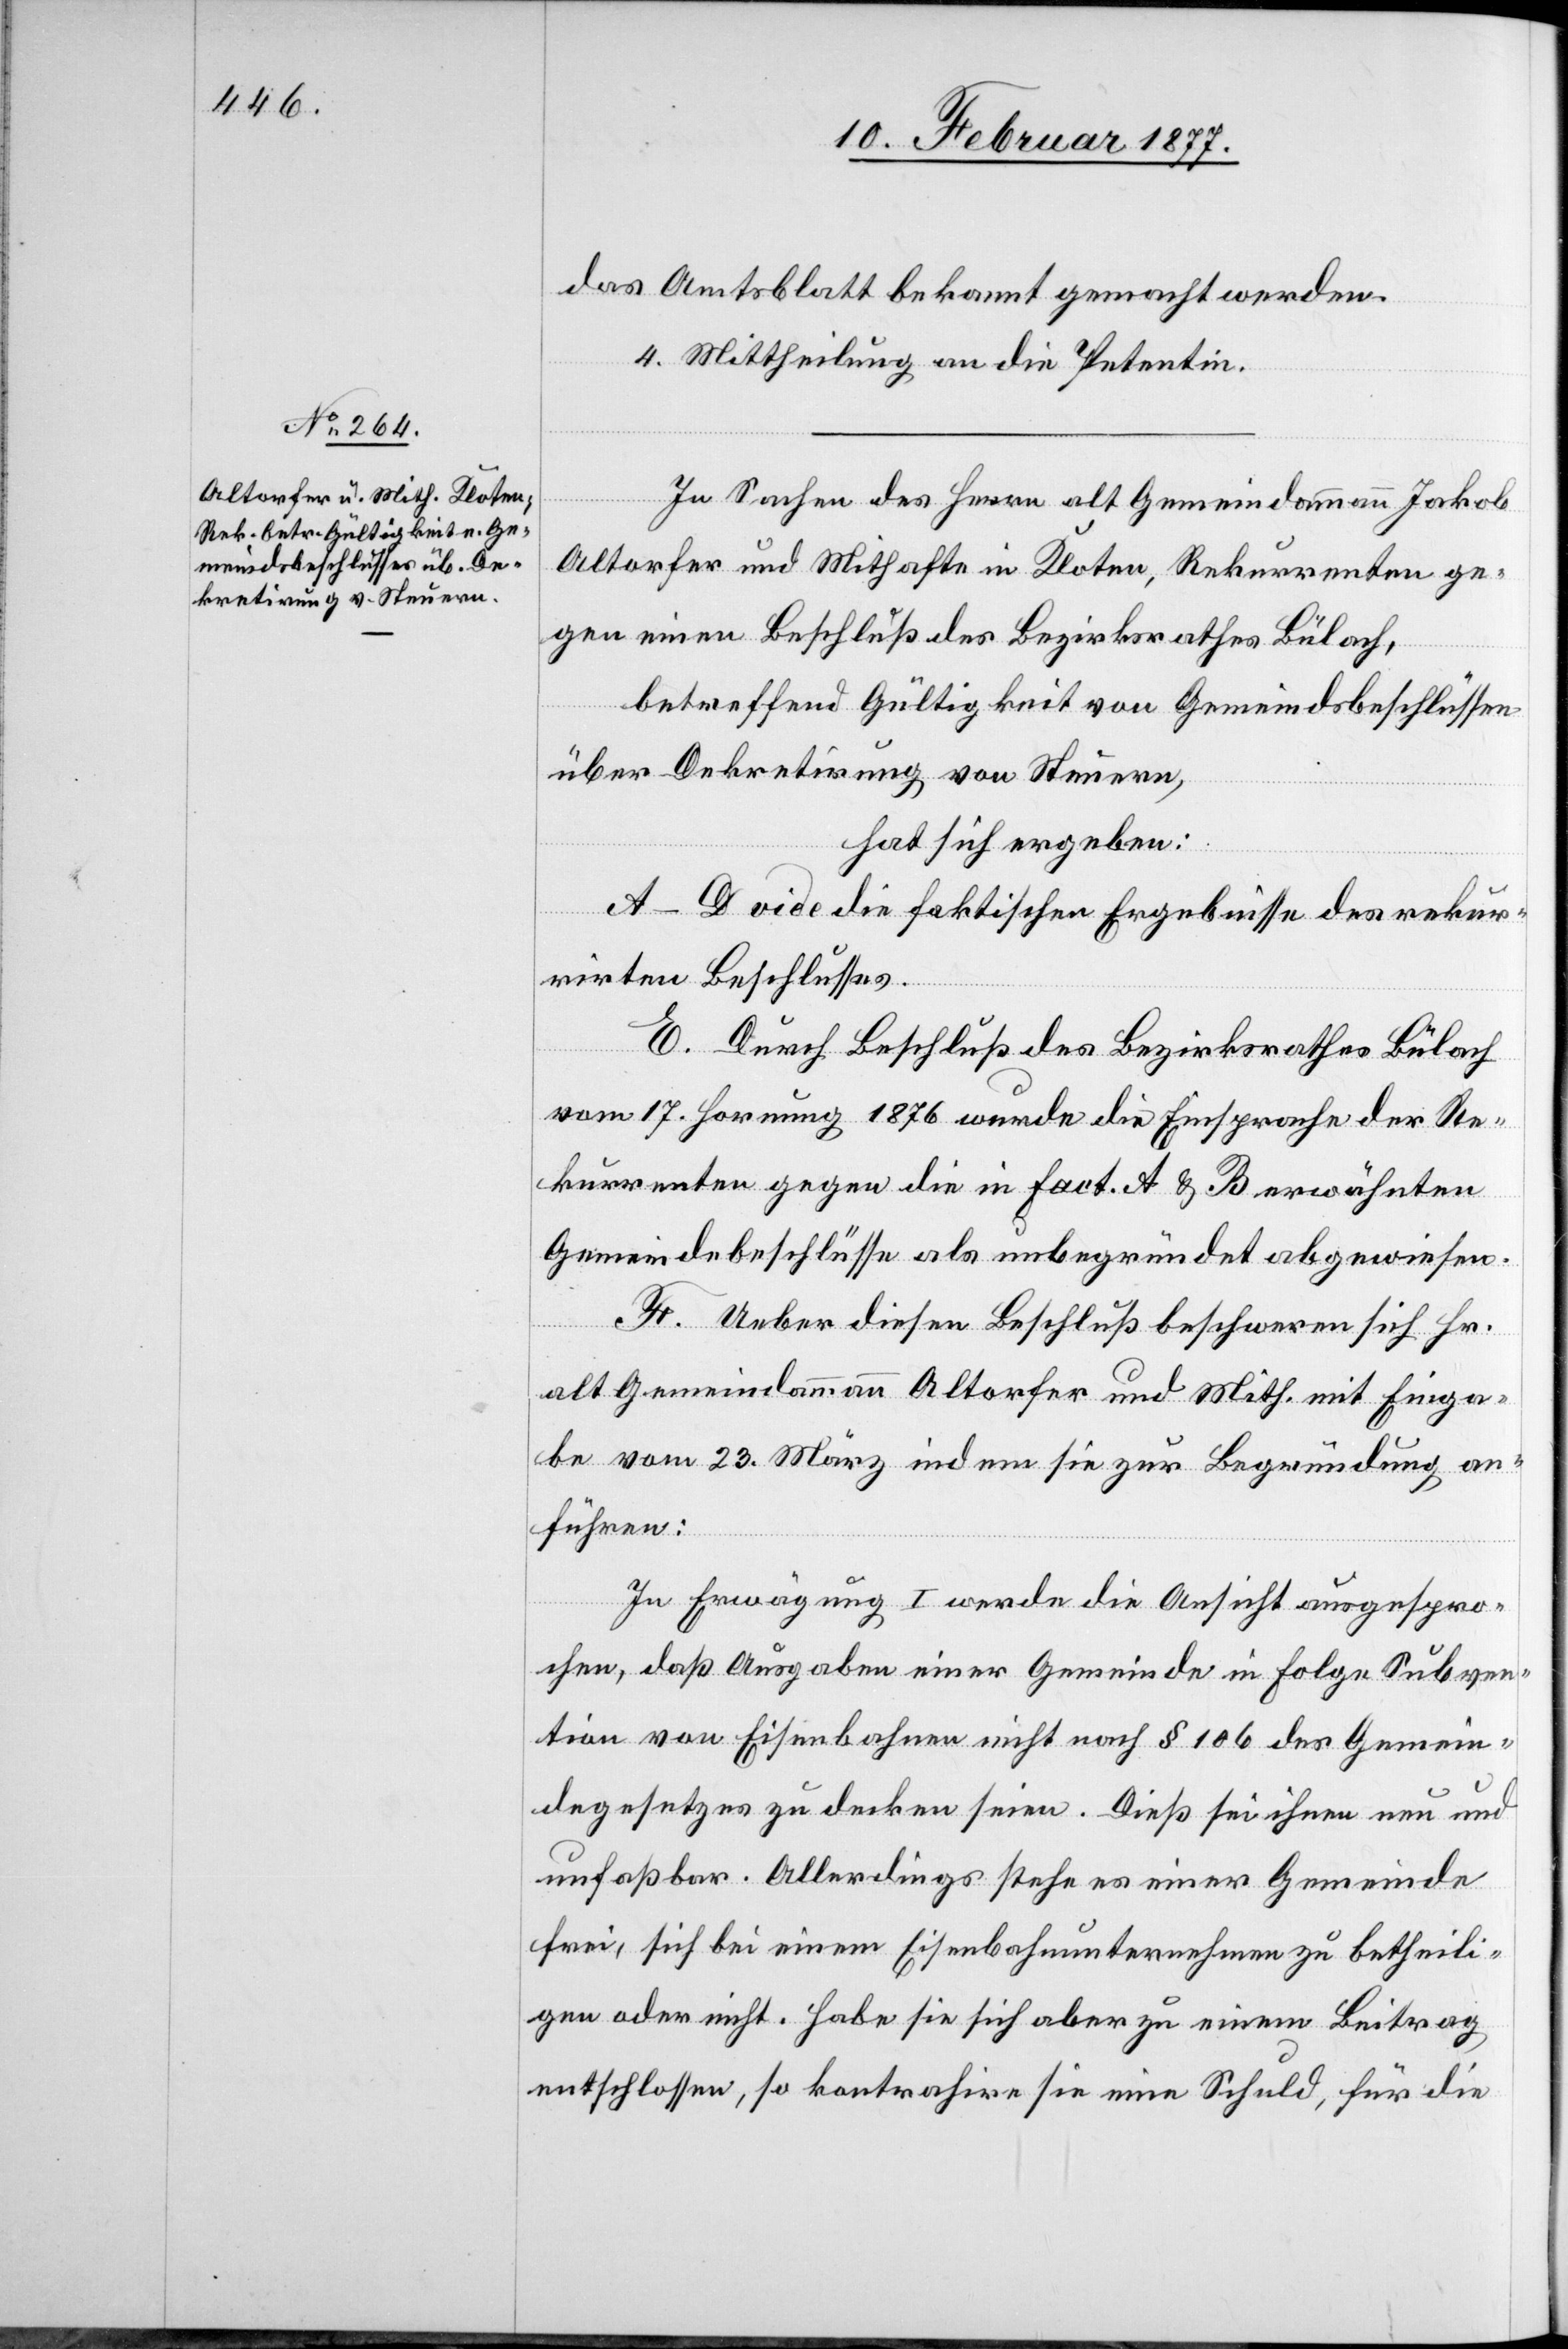
das Amtsblatt bekannt gemacht werden.
4. Mittheilung an die Petentin.
In Sachen des Herrn alt Gemeindammann Jakob
Altorfer und Mithafte in Kloten, Rekurrenten ge¬
gen einen Beschluß des Bezirksrathes Bülach,
betreffend Gültigkeit von Gemeindsbeschlüssen
über Dekretirung von Steuern,
hat sich ergeben:
A–D vide die faktischen Ergebnisse des rekur¬
rirten Beschlusses.
E. Durch Beschluß des Bezirksrathes Bülach
vom 17. Hornung 1876 wurde die Einsprache der Re¬
kurrenten gegen die in Fact. A & B erwähnten
Gemeindebeschlüsse als unbegründet abgewiesen.
F. Ueber diesen Beschluß beschweren sich Hr.
alt Gemeindammann Altorfer und Mith. mit Einga¬
be vom 23. März indem sie zur Begründung an¬
führen:
In Erwägung I werde die Ansicht ausgespro¬
chen, daß Ausgaben einer Gemeinde in Folge Subven¬
tion von Eisenbahnen nicht nach § 106 des Gemein¬
degesetzes zu decken seien. Dieß sei ihnen neu und
unfaßbar. Allerdings stehe es einer Gemeinde
frei, sich bei einem Eisenbahnunternehmen zu betheili¬
gen oder nicht. Habe sie sich aber zu einem Beitrag
entschlossen, so kontrahire sie eine Schuld, für die